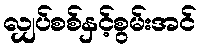
လျှပ်စစ်နှင့်စွမ်းအင်